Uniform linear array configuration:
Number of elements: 8
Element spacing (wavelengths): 0.5
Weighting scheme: cosine
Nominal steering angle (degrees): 60
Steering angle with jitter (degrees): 61.718
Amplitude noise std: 0.05
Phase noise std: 0.05

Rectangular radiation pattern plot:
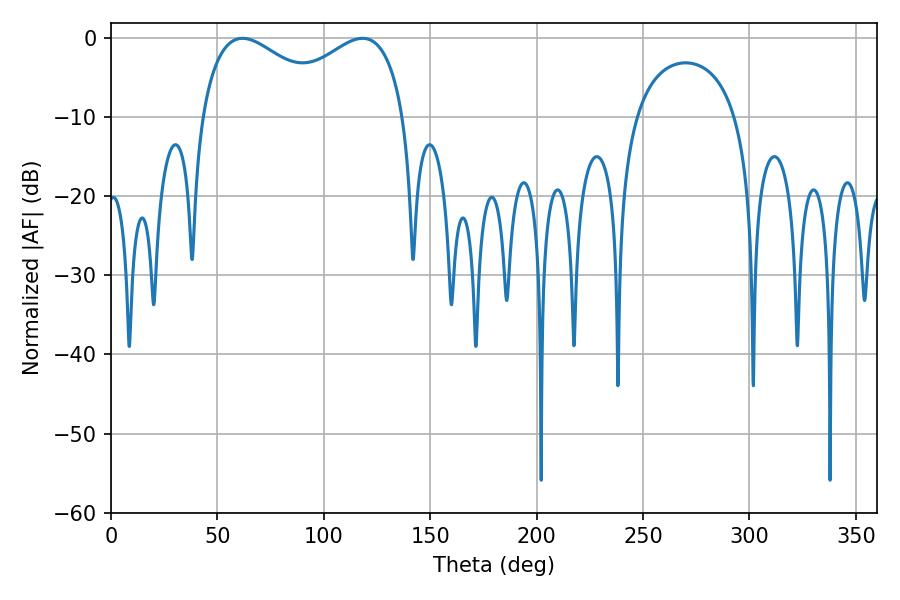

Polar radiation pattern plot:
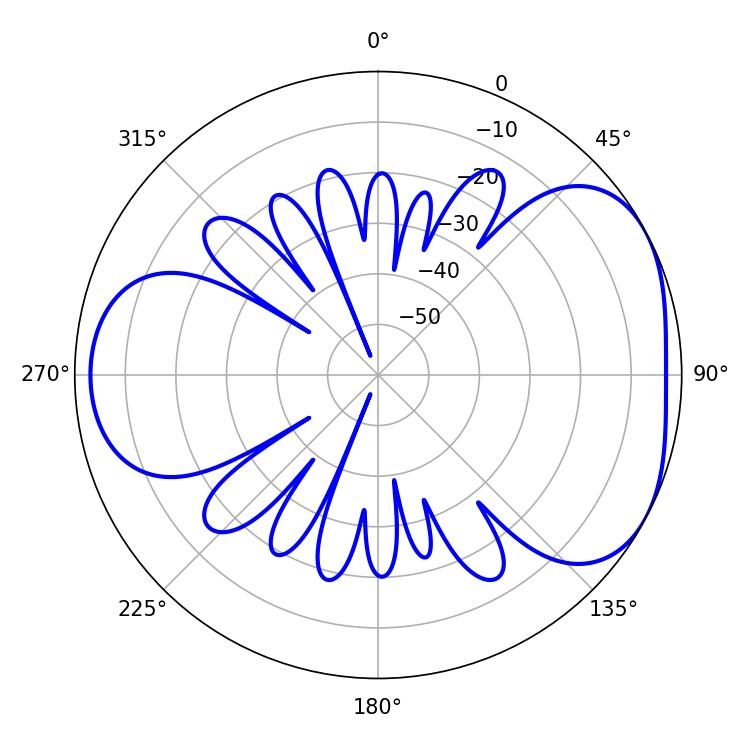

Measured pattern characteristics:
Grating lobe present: FALSE
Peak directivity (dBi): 4.41
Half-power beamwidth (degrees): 36.54
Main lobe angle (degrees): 61.74